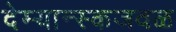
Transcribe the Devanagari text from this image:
देम्यान्स्कजवळ